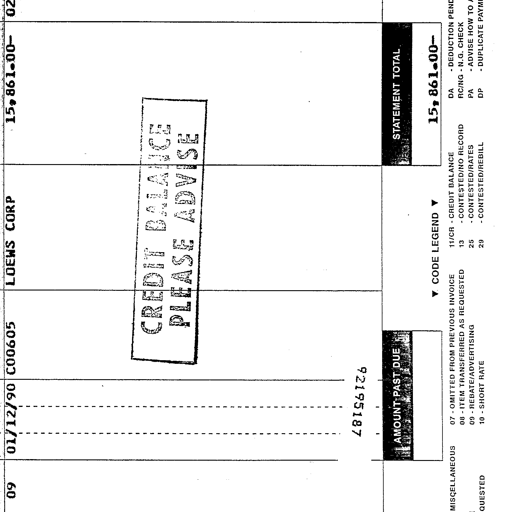
09 01/12/90 C00605 LOEWS CORP 15,861.00- 02
CREDIT BALANCE
PLEASE ADVISE
48195187
AMOUNT PAST DUE STATEMENT TOTAL
15,861.00-
CODE LEGEND
MISCELLANEOUS
07 - OMITTED FROM PREVIOUS INVOICE 11/CR - CREDIT BALANCE DA - DEDUCTION PENDING
08 - ITEM TRANSFERRED AS REQUESTED 13 - CONTESTED/NO RECORD RC/NG - N.G. CHECK
09 - REBATE/ADVERTISING 25 - CONTESTED/RATES PA - ADVISE HOW TO APPLY
REQUESTED 10 - SHORT RATE 29 - CONTESTED/REBILL DP - DUPLICATE PAYMENT